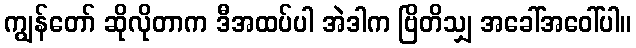
ကျွန်တော် ဆိုလိုတာက ဒီအထပ်ပါ အဲဒါက ဗြိတိသျှ အခေါ်အဝေါ်ပါ။